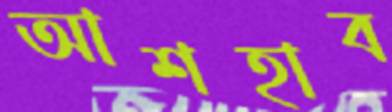
আশহাব